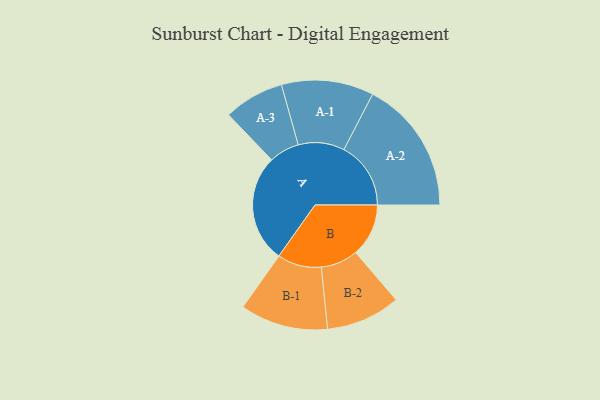
{"axis": {"x": "Segment", "y": "Value"}, "legend": ["", "A", "B"], "data": [{"x": "A", "y": 447, "type": ""}, {"x": "B", "y": 219, "type": ""}, {"x": "A-1", "y": 191, "type": "A"}, {"x": "A-2", "y": 277, "type": "A"}, {"x": "A-3", "y": 125, "type": "A"}, {"x": "B-1", "y": 182, "type": "B"}, {"x": "B-2", "y": 154, "type": "B"}]}